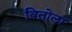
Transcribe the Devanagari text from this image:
बितोला